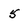
Character: 5